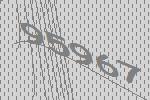
95967